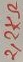
Text: 2,2KΩ